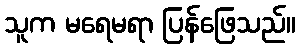
သူက မရေမရာ ပြန်ဖြေသည်။